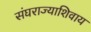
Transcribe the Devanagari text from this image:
संघराज्याशिवाय